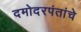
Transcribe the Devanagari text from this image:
दमोदरपंतांचे